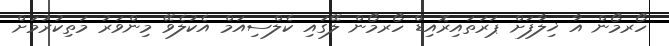
ހޯރމޯން އާ ޚިލާފަށް ޕަރަތައިރޮއިޑް ހޯރމޯން ލޭގައި ކެލްސިއަމް އެކުލެވޭ މިންވަރު މަތިކުރުމަށް